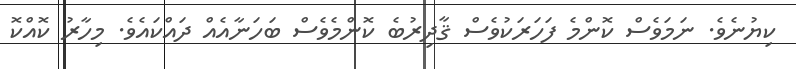
ކިޔުނެވެ. ނަމަވެސް ކޮންމެ ފަހަރަކުވެސް ޤާދިރުބެ ކޮންމެވެސް ބަހަނާއެއް ދައްކައެވެ. މިހާރު ކޮއްކޮ